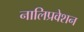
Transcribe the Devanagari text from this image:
नालिप्रवेशन